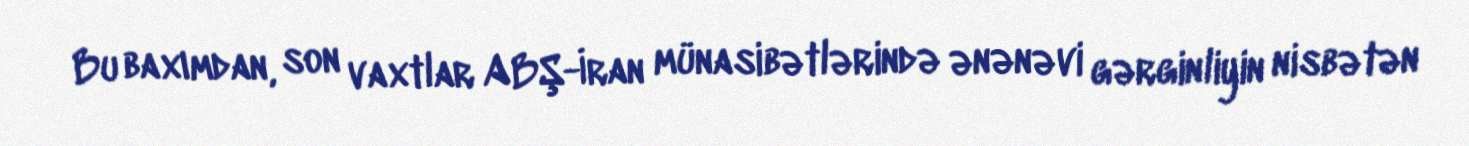
Bu baxımdan, son vaxtlar ABŞ-İran münasibətlərində ənənəvi gərginliyin nisbətən